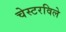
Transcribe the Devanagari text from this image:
चेस्टरविले